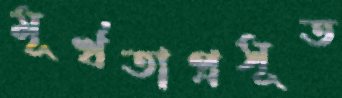
মূর্খতাপ্রসূত